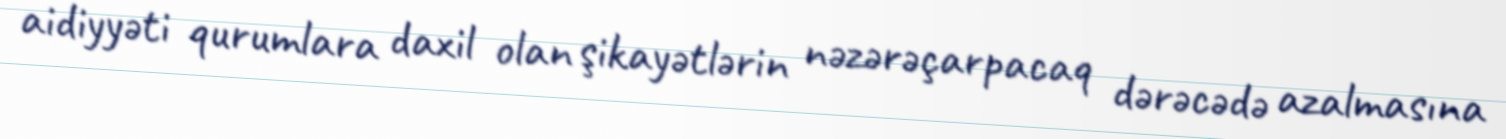
aidiyyəti qurumlara daxil olan şikayətlərin nəzərəçarpacaq dərəcədə azalmasına